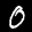
Label: 0